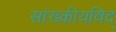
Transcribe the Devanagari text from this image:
सांख्कीयविद्